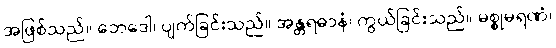
အဖြစ်သည်။ ဘေဒေါ၊ ပျက်ခြင်းသည်။ အန္တရဓာနံ၊ ကွယ်ခြင်းသည်။ မစ္စုမရဏံ၊